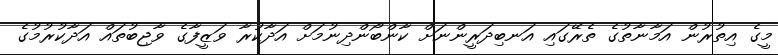
މީގެ އިތުރުން އަމާނާތުގެ ތެރޭގައި އަނބިދަރީންނަށް ކާންބޯންދިނުމަށް އަދާކުރާ ވަޒީފާގެ ވާޖިބުތައް އަދާކުރުމުގެ